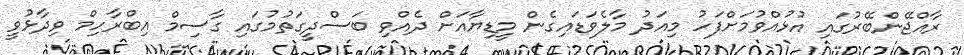
ރާއްޖޭންބޭރުގައި އުޅުއްވުމަށްފަހު މިއަދު މާލެވަޑައިގެން މީޑިޔާއަށް ދެއްވި ބަސްދީގަތުމުގައި ގާސިމް އިބްރާހިމް ވިދާޅުވީ